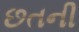
છતની